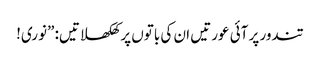
تندور پر آئی عورتیں ان کی باتوں پر کھلکھلاتیں: ”نوری!